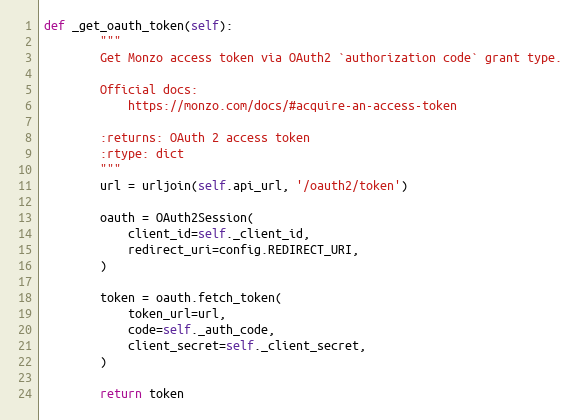
Language: Python
def _get_oauth_token(self):
        """
        Get Monzo access token via OAuth2 `authorization code` grant type.

        Official docs:
            https://monzo.com/docs/#acquire-an-access-token

        :returns: OAuth 2 access token
        :rtype: dict
        """
        url = urljoin(self.api_url, '/oauth2/token')

        oauth = OAuth2Session(
            client_id=self._client_id,
            redirect_uri=config.REDIRECT_URI,
        )

        token = oauth.fetch_token(
            token_url=url,
            code=self._auth_code,
            client_secret=self._client_secret,
        )

        return token